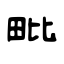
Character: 毗